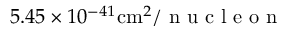
5 . 4 5 \times 1 0 ^ { - 4 1 } \mathrm { c m } ^ { 2 } / \textrm { n u c l e o n }